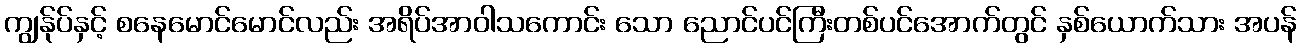
ကျွန်ုပ်နှင့် စနေမောင်မောင်လည်း အရိပ်အာဝါသကောင်း သော ညောင်ပင်ကြီးတစ်ပင်အောက်တွင် နှစ်ယောက်သား အပန်